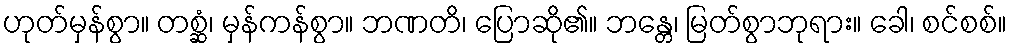
ဟုတ်မှန်စွာ။ တစ္ဆံ၊ မှန်ကန်စွာ။ ဘဏတိ၊ ပြောဆို၏။ ဘန္တေ၊ မြတ်စွာဘုရား။ ခေါ၊ စင်စစ်။